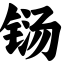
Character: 铴